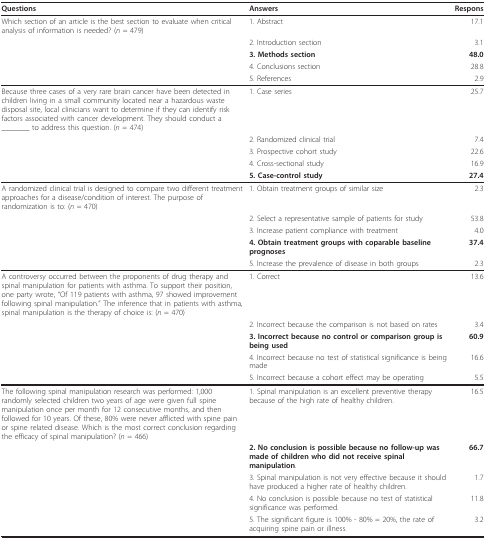
<table><thead><tr><td><b>Questions</b></td><td><b>Answers</b></td><td><b>Respons</b></td></tr></thead><tbody><tr><td>Which section of an article is the best section to evaluate when critical analysis of information is needed? (<i>n </i>= 479)</td><td>1. Abstract</td><td>17.1</td></tr><tr><td></td><td>2. Introduction section</td><td>3.1</td></tr><tr><td></td><td><b>3. Methods section</b></td><td><b>48.0</b></td></tr><tr><td></td><td>4. Conclusions section</td><td>28.8</td></tr><tr><td></td><td>5. References</td><td>2.9</td></tr><tr><td>Because three cases of a very rare brain cancer have been detected in children living in a small community located near a hazardous waste disposal site, local clinicians want to determine if they can identify risk factors associated with cancer development. They should conduct a _______ to address this question. (<i>n </i>= 474)</td><td>1. Case series</td><td>25.7</td></tr><tr><td></td><td>2. Randomized clinical trial</td><td>7.4</td></tr><tr><td></td><td>3. Prospective cohort study</td><td>22.6</td></tr><tr><td></td><td>4. Cross-sectional study</td><td>16.9</td></tr><tr><td></td><td><b>5. Case-control study</b></td><td><b>27.4</b></td></tr><tr><td>A randomized clinical trial is designed to compare two different treatment approaches for a disease/condition of interest. The purpose of randomization is to: (<i>n </i>= 470)</td><td>1. Obtain treatment groups of similar size</td><td>2.3</td></tr><tr><td></td><td>2. Select a representative sample of patients for study</td><td>53.8</td></tr><tr><td></td><td>3. Increase patient compliance with treatment</td><td>4.0</td></tr><tr><td></td><td><b>4. Obtain treatment groups with coparable baseline prognoses</b></td><td><b>37.4</b></td></tr><tr><td></td><td>5. Increase the prevalence of disease in both groups</td><td>2.3</td></tr><tr><td>A controversy occurred between the proponents of drug therapy and spinal manipulation for patients with asthma. To support their position, one party wrote, &quot;Of 119 patients with asthma, 97 showed improvement following spinal manipulation.&quot; The inference that in patients with asthma, spinal manipulation is the therapy of choice is: (<i>n </i>= 470)</td><td>1. Correct</td><td>13.6</td></tr><tr><td></td><td>2. Incorrect because the comparison is not based on rates</td><td>3.4</td></tr><tr><td></td><td><b>3. Incorrect because no control or comparison group is being used</b></td><td><b>60.9</b></td></tr><tr><td></td><td>4. Incorrect because no test of statistical significance is being made</td><td>16.6</td></tr><tr><td></td><td>5. Incorrect because a cohort effect may be operating</td><td>5.5</td></tr><tr><td>The following spinal manipulation research was performed: 1,000 randomly selected children two years of age were given full spine manipulation once per month for 12 consecutive months, and then followed for 10 years. Of these, 80% were never afflicted with spine pain or spine related disease. Which is the most correct conclusion regarding the efficacy of spinal manipulation? (<i>n </i>= 466)</td><td>1. Spinal manipulation is an excellent preventive therapy because of the high rate of healthy children.</td><td>16.5</td></tr><tr><td></td><td><b>2. No conclusion is possible because no follow-up was made of children who did not receive spinal manipulation</b>.</td><td><b>66.7</b></td></tr><tr><td></td><td>3. Spinal manipulation is not very effective because it should have produced a higher rate of healthy children.</td><td>1.7</td></tr><tr><td></td><td>4. No conclusion is possible because no test of statistical significance was performed.</td><td>11.8</td></tr><tr><td></td><td>5. The significant figure is 100% - 80% = 20%, the rate of acquiring spine pain or illness.</td><td>3.2</td></tr></tbody></table>